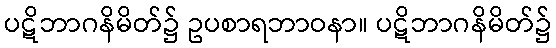
ပဋိဘာဂနိမိတ်၌ ဥပစာရဘာဝနာ။ ပဋိဘာဂနိမိတ်၌